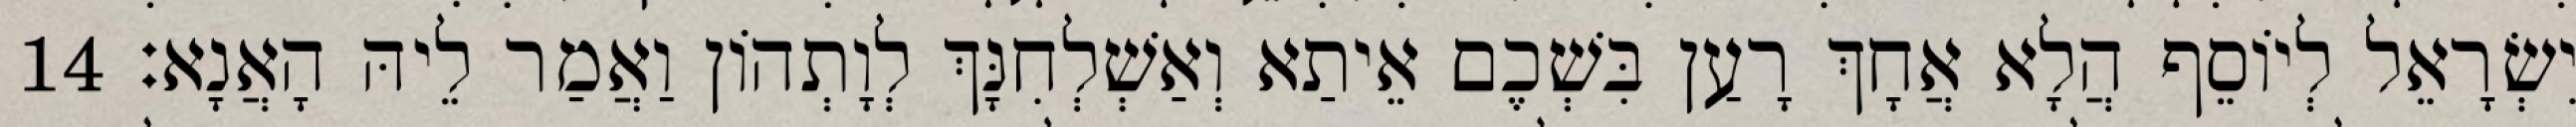
יִשְׂרָאֵל לְיוֹסֵף הֲלָא אֲחָךְ רָעַן בִּשְׁכֶם אֵיתַא וְאַשְׁלְחִנָּךְ לְוָתְהוֹן וַאֲמַר לֵיהּ הָאֲנָא׃ 14